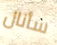
سأنال